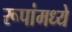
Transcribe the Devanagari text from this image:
रूपांमध्ये